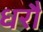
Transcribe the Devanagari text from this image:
धरौ